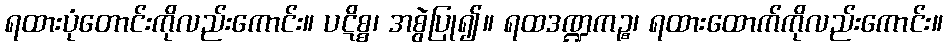
ရထားပုံတောင်းကိုလည်းကောင်း။ ပဋိစ္စ၊ အစွဲပြု၍။ ရထဒဏ္ဍကဉ္စ၊ ရထားထောက်ကိုလည်းကောင်း။